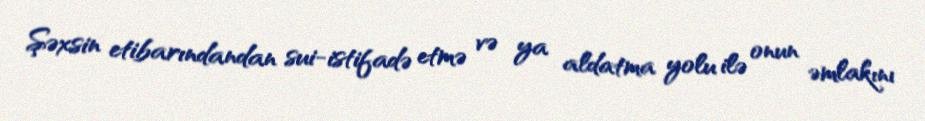
Şəxsin etibarındandan sui-istifadə etmə və ya aldatma yolu ilə onun əmlakını